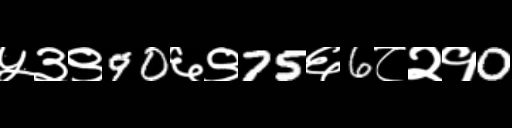
Text: ५३९90६९75६6८२१0